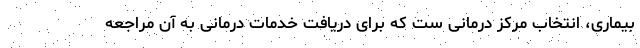
بیماری، انتخاب مرکز درمانی ست که برای دریافت خدمات درمانی به آن مراجعه